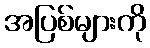
အပြစ်များကို